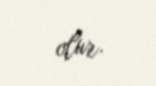
olur.